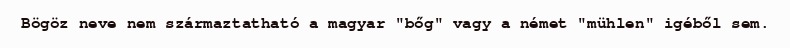
Bögöz neve nem származtatható a magyar "bőg" vagy a német "mühlen" igéből sem.